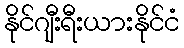
နိုင်ဂျီးရီးယားနိုင်ငံ